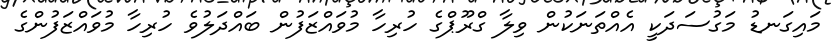
މައިގަނޑު މަގުސަދަކީ އެއްތަނަކުން ވިލާ ގްރޫޕްގެ ހުރިހާ މުވައްޒަފުން ބައްދަލުވެ ހުރިހާ މުވައްޒަފުންގެ